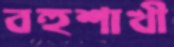
বহুশাখী